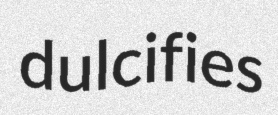
dulcifies